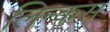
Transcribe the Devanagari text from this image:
लिन्कस